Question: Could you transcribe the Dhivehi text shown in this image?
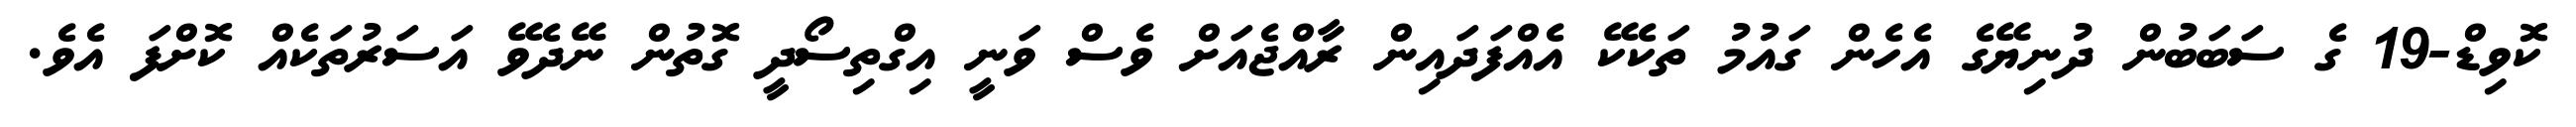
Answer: ކޮވިޑް-19 ގެ ސަބަބުން ދުނިޔޭގެ އެހެން ގައުމު ތަކެކޭ އެއްފަދައިން ރާއްޖެއަށް ވެސް ވަނީ އިގްތިސޯދީ ގޮތުން ނޭދެވޭ އަސަރުތަކެއް ކޮށްފަ އެވެ.